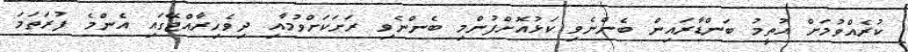
ކުރެއްވުމަށް އުތީމު ބަންޑާރައިން ބެންނެވި ކަޅުއޮށްފުންމި ބެންނެވި ރަށަކަށްވުމާއި ދިވެހިރާއްޖޭގައި އެންމެ ފުރަތަމަ